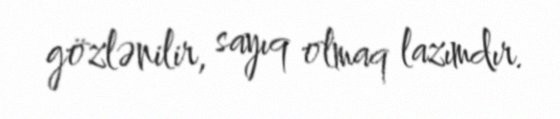
gözlənilir, sayıq olmaq lazımdır.